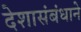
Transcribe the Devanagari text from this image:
देशासंबंधाने